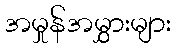
အမှုန်အမွှားများ